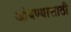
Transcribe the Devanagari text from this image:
आंबण्यासाठी